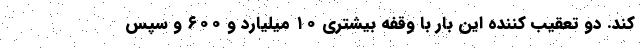
کند. دو تعقیب کننده این بار با وقفه بیشتری ۱۰ میلیارد و ۶۰۰ و سپس